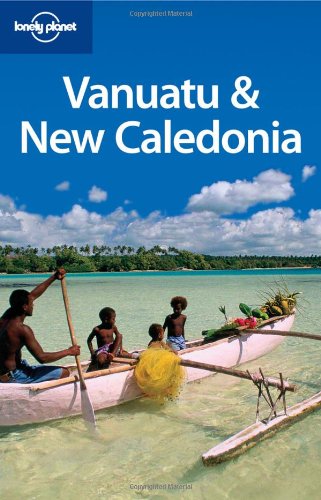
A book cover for Vanuatu & New Caledonia (Multi Country Travel Guide); Jocelyn Harewood; Travel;